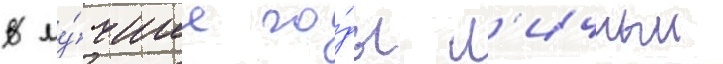
В лу́чшие го́ды л'ичныи